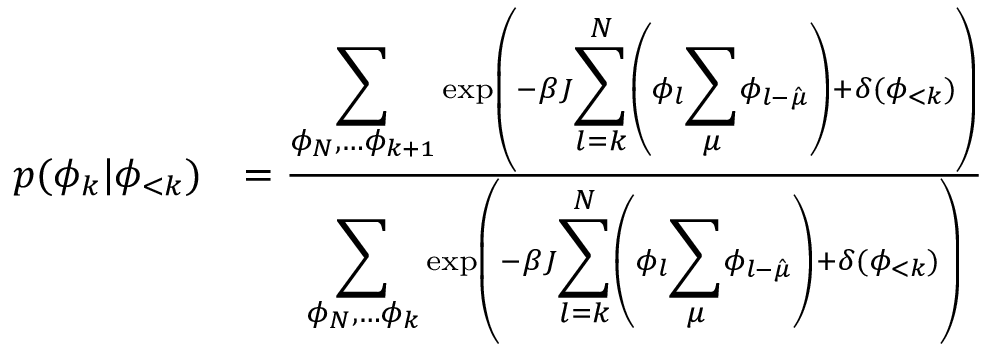
\begin{array} { r l } { p ( \phi _ { k } | \phi _ { < k } ) } & { = \frac { { \displaystyle \sum _ { \phi _ { N } , \dots \phi _ { k + 1 } } } \exp \left( - \beta J { \displaystyle \sum _ { l = k } ^ { N } } \left( \phi _ { l } { \displaystyle \sum _ { \mu } } \phi _ { l - \hat { \mu } } \right) + \delta ( \phi _ { < k } ) \right) } { { \displaystyle \sum _ { \phi _ { N } , \dots \phi _ { k } } } \exp \left( - \beta J { \displaystyle \sum _ { l = k } ^ { N } } \left( \phi _ { l } { \displaystyle \sum _ { \mu } } \phi _ { l - \hat { \mu } } \right) + \delta ( \phi _ { < k } ) \right) } } \end{array}